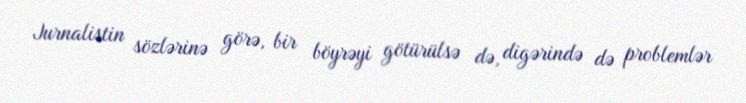
Jurnalistin sözlərinə görə, bir böyrəyi götürülsə də, digərində də problemlər